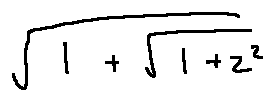
\sqrt { 1 + \sqrt { 1 + z ^ { 2 } } }